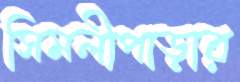
সিমলীপাড়ার